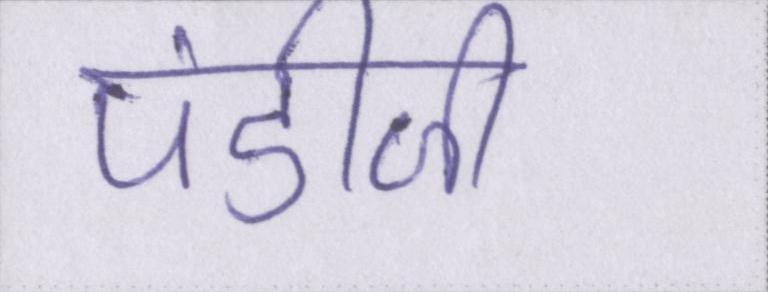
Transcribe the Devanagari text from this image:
पंडीजी